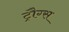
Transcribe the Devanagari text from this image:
ट्रौग्स